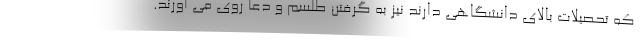
که تحصیلات بالای دانشگاهی دارند نیز به گرفتن طلسم و دعا روی می آورند.